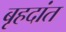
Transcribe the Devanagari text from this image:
बृहदांत